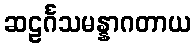
ဆဠင်္ဂသမန္နာဂတာယ